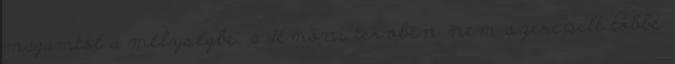
magamtól a mélységbe, a démoni tervben nem szerepelt többé